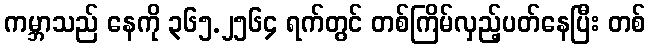
ကမ္ဘာသည် နေကို ၃၆၅.၂၅၆၄ ရက်တွင် တစ်ကြိမ်လှည့်ပတ်နေပြီး တစ်